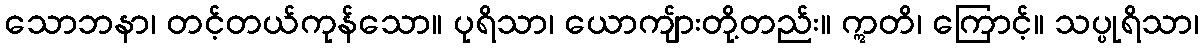
သောဘနာ၊ တင့်တယ်ကုန်သော။ ပုရိသာ၊ ယောကျ်ားတို့တည်း။ ဣတိ၊ ကြောင့်။ သပ္ပုရိသာ၊